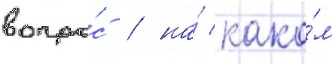
вопро́с / на́ како́м